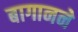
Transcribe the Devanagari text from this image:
बागानने